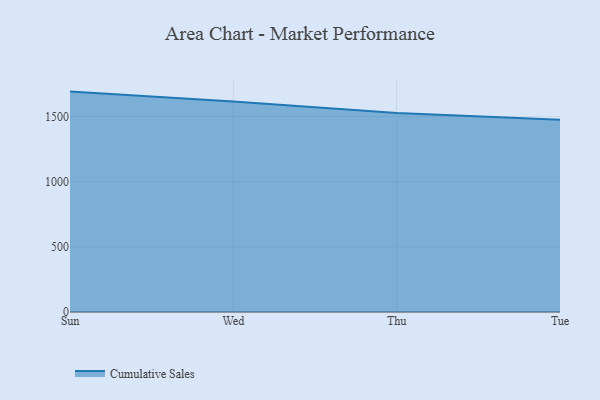
{"axis": {"x": "Day", "y": "Conversion Rate (%)"}, "legend": ["Cumulative Sales"], "data": [{"x": "Sun", "y": 1691.3, "type": "Cumulative Sales"}, {"x": "Wed", "y": 1615.4, "type": "Cumulative Sales"}, {"x": "Thu", "y": 1526.7, "type": "Cumulative Sales"}, {"x": "Tue", "y": 1476.2, "type": "Cumulative Sales"}]}